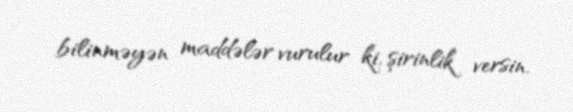
bilinməyən maddələr vurulur ki, şirinlik versin.